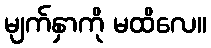
မျက်နှာကို မထိလေ။